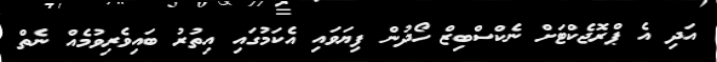
އަދި އެ ޕްރޮޖެކްޓަށް ނެކްސްބިޒް ހޯދުން ފިޔަވައި އެކަމުގައި އިތުރު ބައިވެރިވުމެއް ނެތް